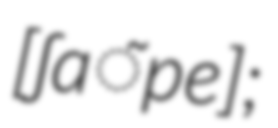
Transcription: ​[ʃɑ̃pe];